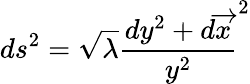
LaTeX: ds^{2}=\sqrt{\lambda}\frac{dy^{2}+d\overrightarrow{x}}{y^{2}}^{2}